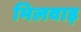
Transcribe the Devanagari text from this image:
भिलवाड़